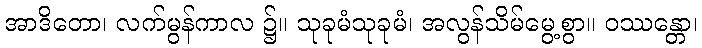
အာဒိတော၊ လက်မွန်ကာလ ၌။ သုခုမံသုခုမံ၊ အလွန်သိမ်မွေ့စွာ။ ဝဿန္တော၊